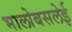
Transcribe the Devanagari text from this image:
भालोबसलेई